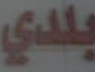
بلدي